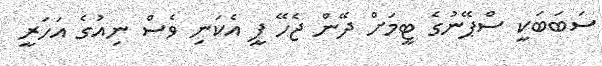
ސަބަބަކީ ސްޕޭނުގެ ޓީމަށް ދޭން ޖެހޭ ފީ އެކަނި ވެސް ނިއުގެ އަހަރީ